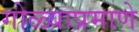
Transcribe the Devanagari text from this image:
गोळ्याप्रमाणे